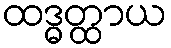
ထဒ္ဓတ္ထာယ